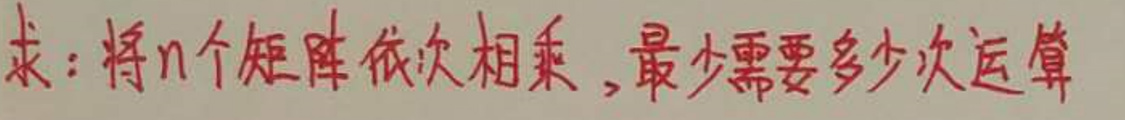
求：将$n$个矩阵依次相乘，最少需要多少次运算